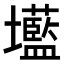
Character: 𭐌